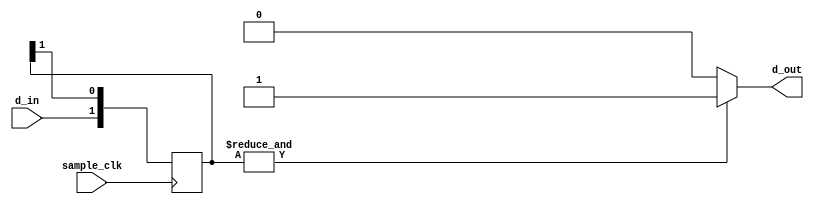
/******************************************************************

  Helsinki Hacklab - Protoboard for digital electronics workshops
    
  Debouncer module.
  
  XC9572XL-VQ44
  
******************************************************************/

module debounce1
    (
    input wire sample_clk, 
    input wire d_in,
    output wire d_out
    );
    
    parameter N = 2;

    // N-bit shift register
    reg [N-1:0] sreg;
    wire [N-1:0] s_next;

    always @( posedge sample_clk) begin
        sreg <= s_next;
    end
            
    assign s_next = { d_in, sreg[N-1:1] };

    // N-input AND
    assign d_out = (&sreg) ? 1 : 0;
 
endmodule